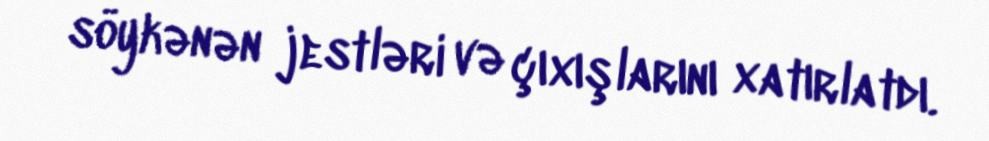
söykənən jestləri və çıxışlarını xatırlatdı.